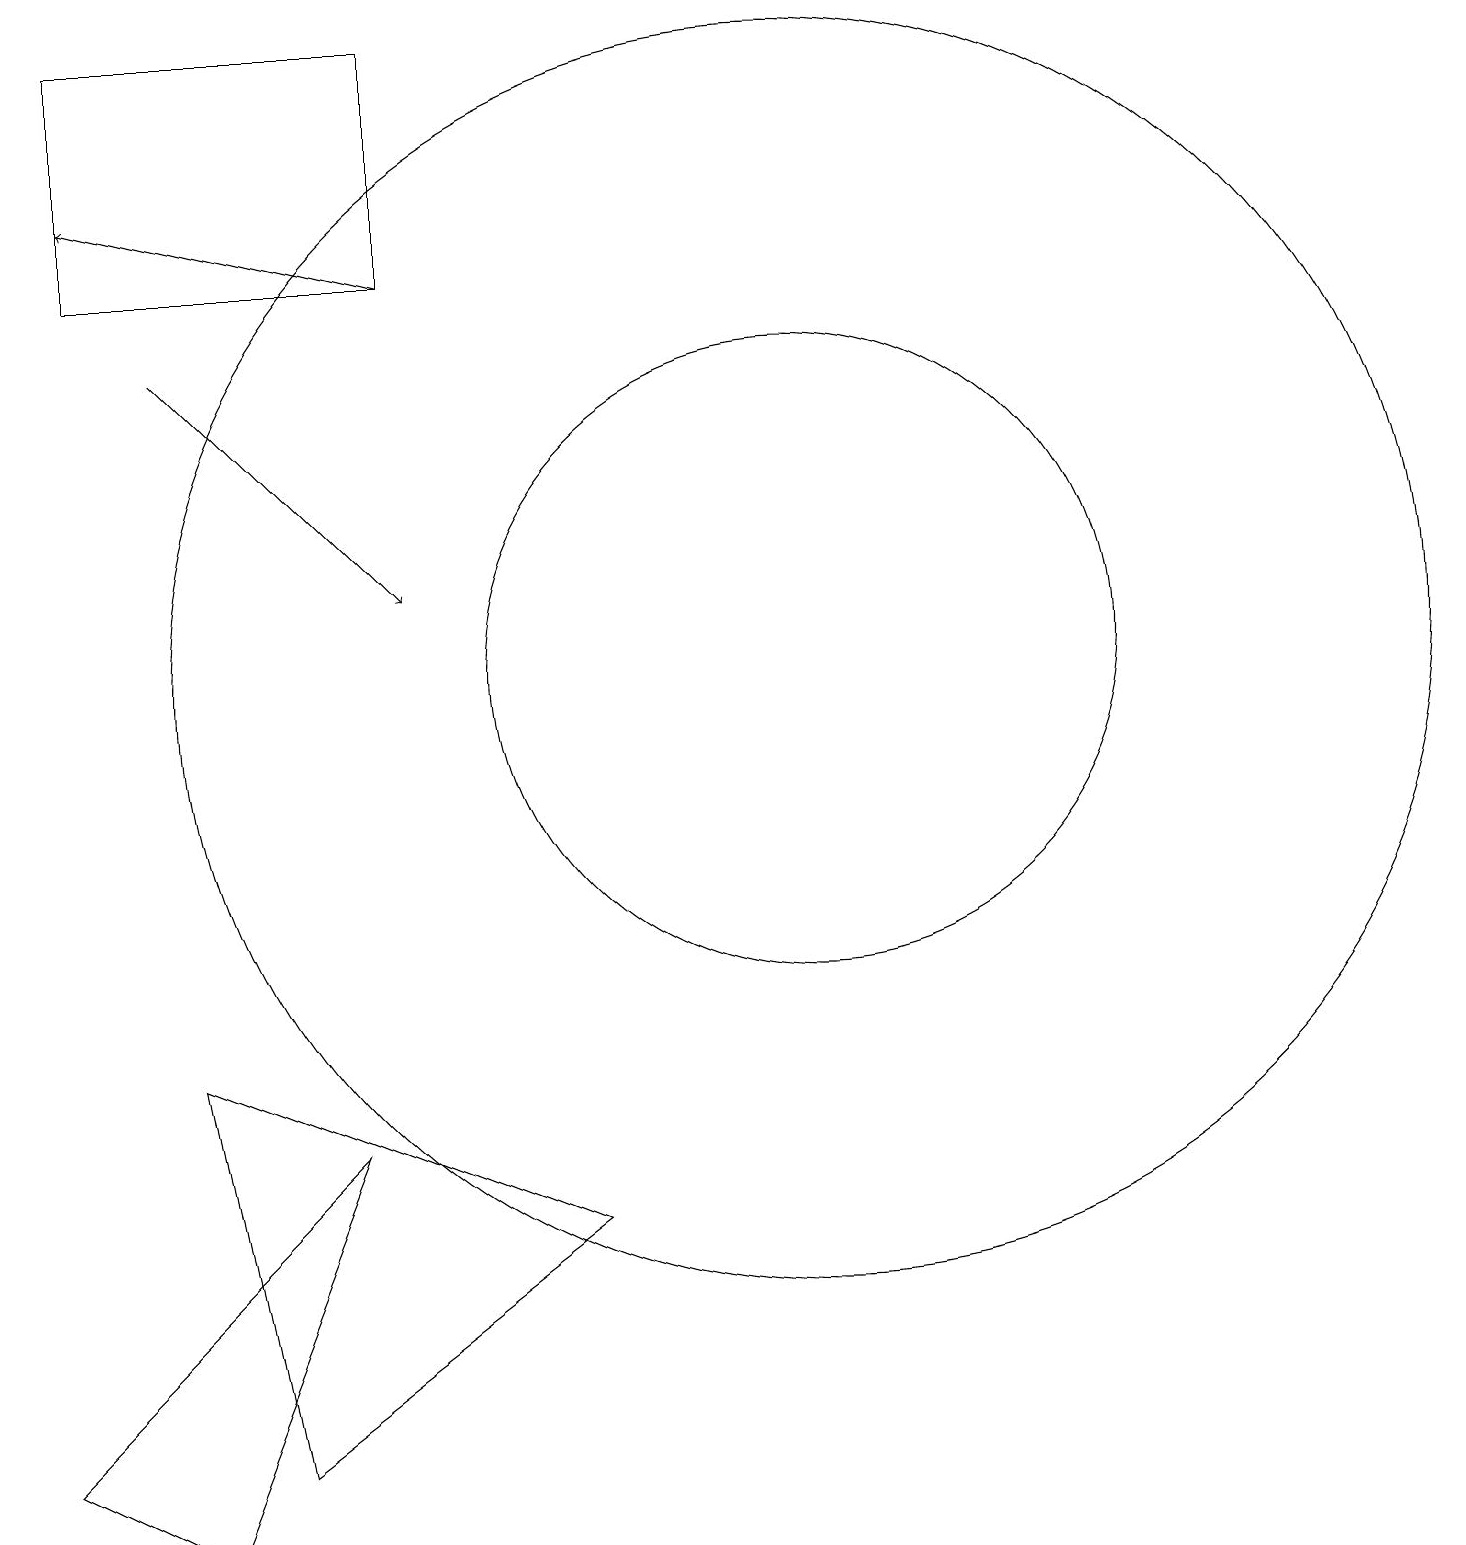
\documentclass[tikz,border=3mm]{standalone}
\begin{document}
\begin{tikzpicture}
\draw (8,4) -- (4,1) -- (3,6) -- cycle;
\draw[->] (3,15) -- (6,12);
\draw (11,11) circle (8);
\draw (6,16) rectangle (2,19);
\draw (11,11) circle (4);
\draw (1,1) -- (5,5) -- (3,0) -- cycle;
\draw[->] (6,16) -- (2,17);
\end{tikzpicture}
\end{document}